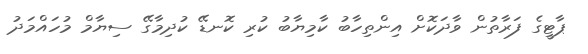
ޕާޓީގެ ފަރާތުން ވާދަކޮށް އިންތިހާބު ކާމިޔާބު ކުރި ކޮނޑޭ ކުދިމާގޭ ސިޔާމް މުހައްމަދު